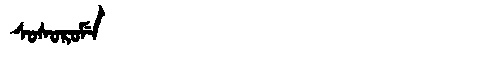
Manchu: ᠰᠣᠰᠣᡵᠣᠮᡝ
Romanization: SOSOROME